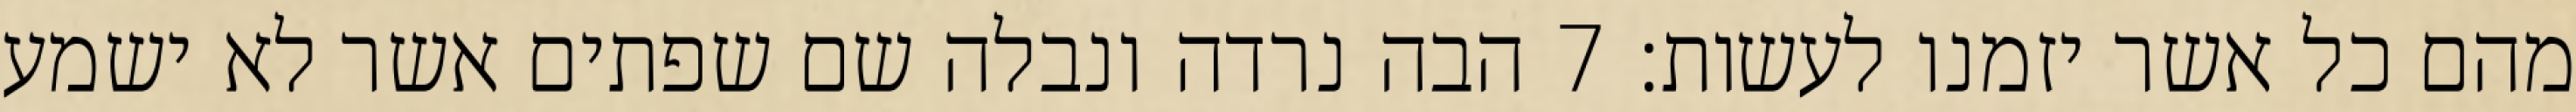
מהם כל אשר יזמנו לעשות׃ ‎7‏ הבה נרדה ונבלה שם שפתים אשר לא ישמע